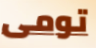
تومى